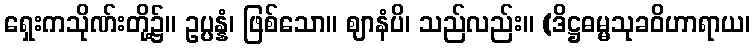
ရှေးကသိုဏ်းတို့၌။ ဥပ္ပန္နံ၊ ဖြစ်သော။ ဈာနံပိ၊ သည်လည်း။ (ဒိဋ္ဌဓမ္မသုခဝိဟာရာယ၊